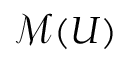
{ \mathcal { M } } ( U )